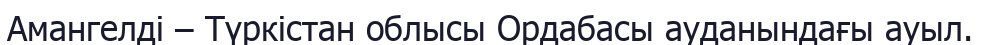
Амангелді – Түркістан облысы Ордабасы ауданындағы ауыл.